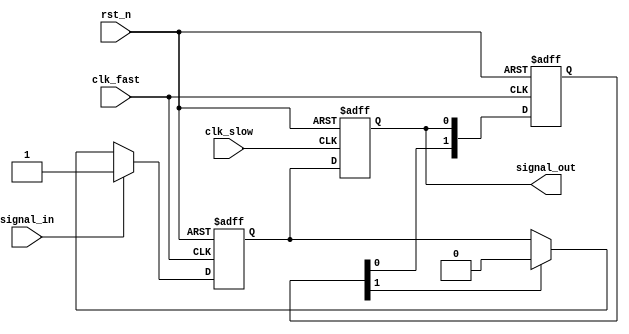
//
module SyncClk_FastToSlow (
    input wire clk_slow,
    input wire clk_fast,
    input wire rst_n,

    input wire signal_in,
    output wire signal_out
);

reg signal_in_widen ;
reg signal_out_reg ;
reg [1:0] signal_out_posedge ;


//
always @(posedge clk_fast or negedge rst_n) begin


    //
    if(rst_n == 1'b0)begin
        signal_in_widen <= 1'b0;
    end
    else if(signal_in == 1'b1)begin
        signal_in_widen <= 1'b1;
    end

    
    //
    else if(signal_out_posedge[1] == 1'b1)
        signal_in_widen <= 1'b0;
    else
        signal_in_widen <= signal_in_widen;
end


//
always @(posedge clk_slow or negedge rst_n) begin
    if(rst_n == 1'b0)begin
        signal_out_reg <= 1'b0;
    end
    else begin
        signal_out_reg <= signal_in_widen;
    end
end
assign signal_out = signal_out_reg;

//clk_fast
always @(posedge clk_fast or negedge rst_n) begin
    if(rst_n == 1'b0)begin
        signal_out_posedge <= 1'b0;
    end
    else
        signal_out_posedge <= {signal_out_posedge[0], signal_out};
        
end


endmodule